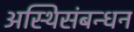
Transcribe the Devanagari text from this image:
अस्थिसंबन्धन